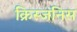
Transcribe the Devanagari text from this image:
क्रिस्जनिस